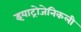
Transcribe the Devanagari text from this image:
इयाट्रोजेनिकली